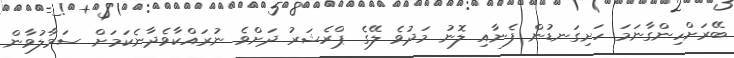
ބޭރަށްހިންގާނަމަ ހަށިގަނޑުން ފެނާއި ލޮނު މަދުވެ ލޭގެ ޕްރެޝަރު ދަށްވެ ނުރައްކާވެދާނެކަމަށް ސަމާލުވާން